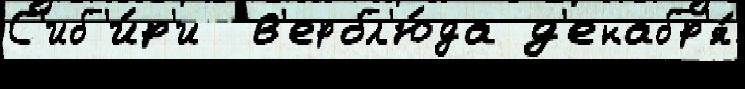
С'иб'и́р'и  в'ербл'ю́да д'екабр'я́